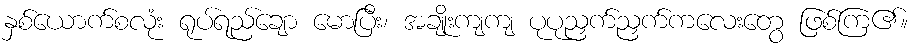
နှစ်ယောက်စလုံး ရုပ်ရည်ချော မောပြီး၊ အချိုးကျကျ ပုပုညှက်ညှက်ကလေးတွေ ဖြစ်ကြ၏။